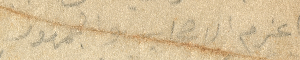
واعزم الاصحاب والجمهور